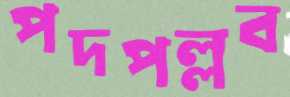
পদপল্লব